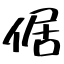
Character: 倨